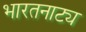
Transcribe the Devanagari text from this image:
भारतनाट्य